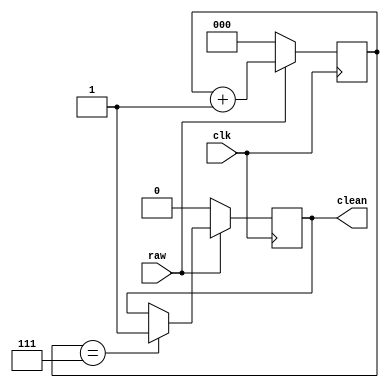
`timescale 1ns / 1ps
//////////////////////////////////////////////////////////////////////////////////
// Company: 
// Engineer: 
// 
// Design Name: 
// Module Name: Debouncer
// Project Name: 
// Target Devices: 
// Tool Versions: 
// Description: 
// 
// Dependencies: 
// 
// Revision:
// Revision 0.01 - File Created
// Additional Comments:
// 
//////////////////////////////////////////////////////////////////////////////////


module Debouncer(input raw, input clk, output reg clean);
    reg [2:0] counter;
    wire TC;
    
    always @ (posedge clk) begin
    if(~raw)
    counter <= 3'b000;
    else
    counter <= counter + 3'b001;
    end
    
    assign TC = (counter == 3'b111);
    
    always @ (posedge clk) begin
    if(~raw)
    clean <= 1'b0;
    else if (TC)
    clean <= 1'b1;
    end
endmodule